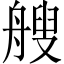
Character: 艘